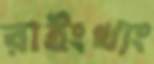
রাইংখ্যং